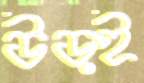
উড়ই